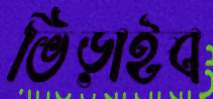
ভিড়াইব